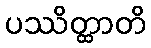
ပဿိတ္ထာတိ